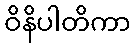
ဝိနိပါတိကာ